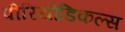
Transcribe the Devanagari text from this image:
पीरियोडिकल्स